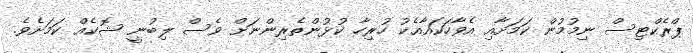
ޕްރެކްޓިސް ނިމުމުން ކަމަށާއި އެވާހަކައާއެކު ހުރިހާ ކުޅުންތެރިންނަށް ވެސް ލިބުނީ ޝޮކެއް ކަމަށެވެ.